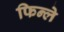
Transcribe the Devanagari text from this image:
फिन्ले